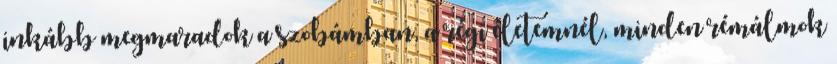
inkább megmaradok a szobámban, a régi életemnél, minden rémálmok